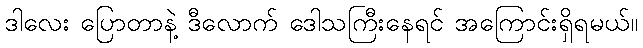
ဒါလေး ပြောတာနဲ့ ဒီလောက် ဒေါသကြီးနေရင် အကြောင်းရှိရမယ်။